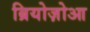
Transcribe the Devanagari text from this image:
ब्रियोज़ोआ